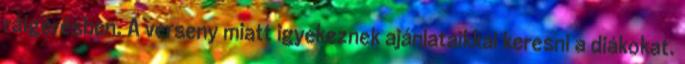
ráígérésben. A verseny miatt igyekeznek ajánlataikkal keresni a diákokat.